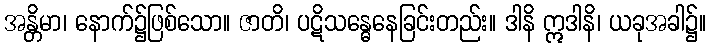
အန္တိမာ၊ နောက်၌ဖြစ်သော။ ဇာတိ၊ ပဋိသန္ဓေနေခြင်းတည်း။ ဒါနိ ဣဒါနိ၊ ယခုအခါ၌။